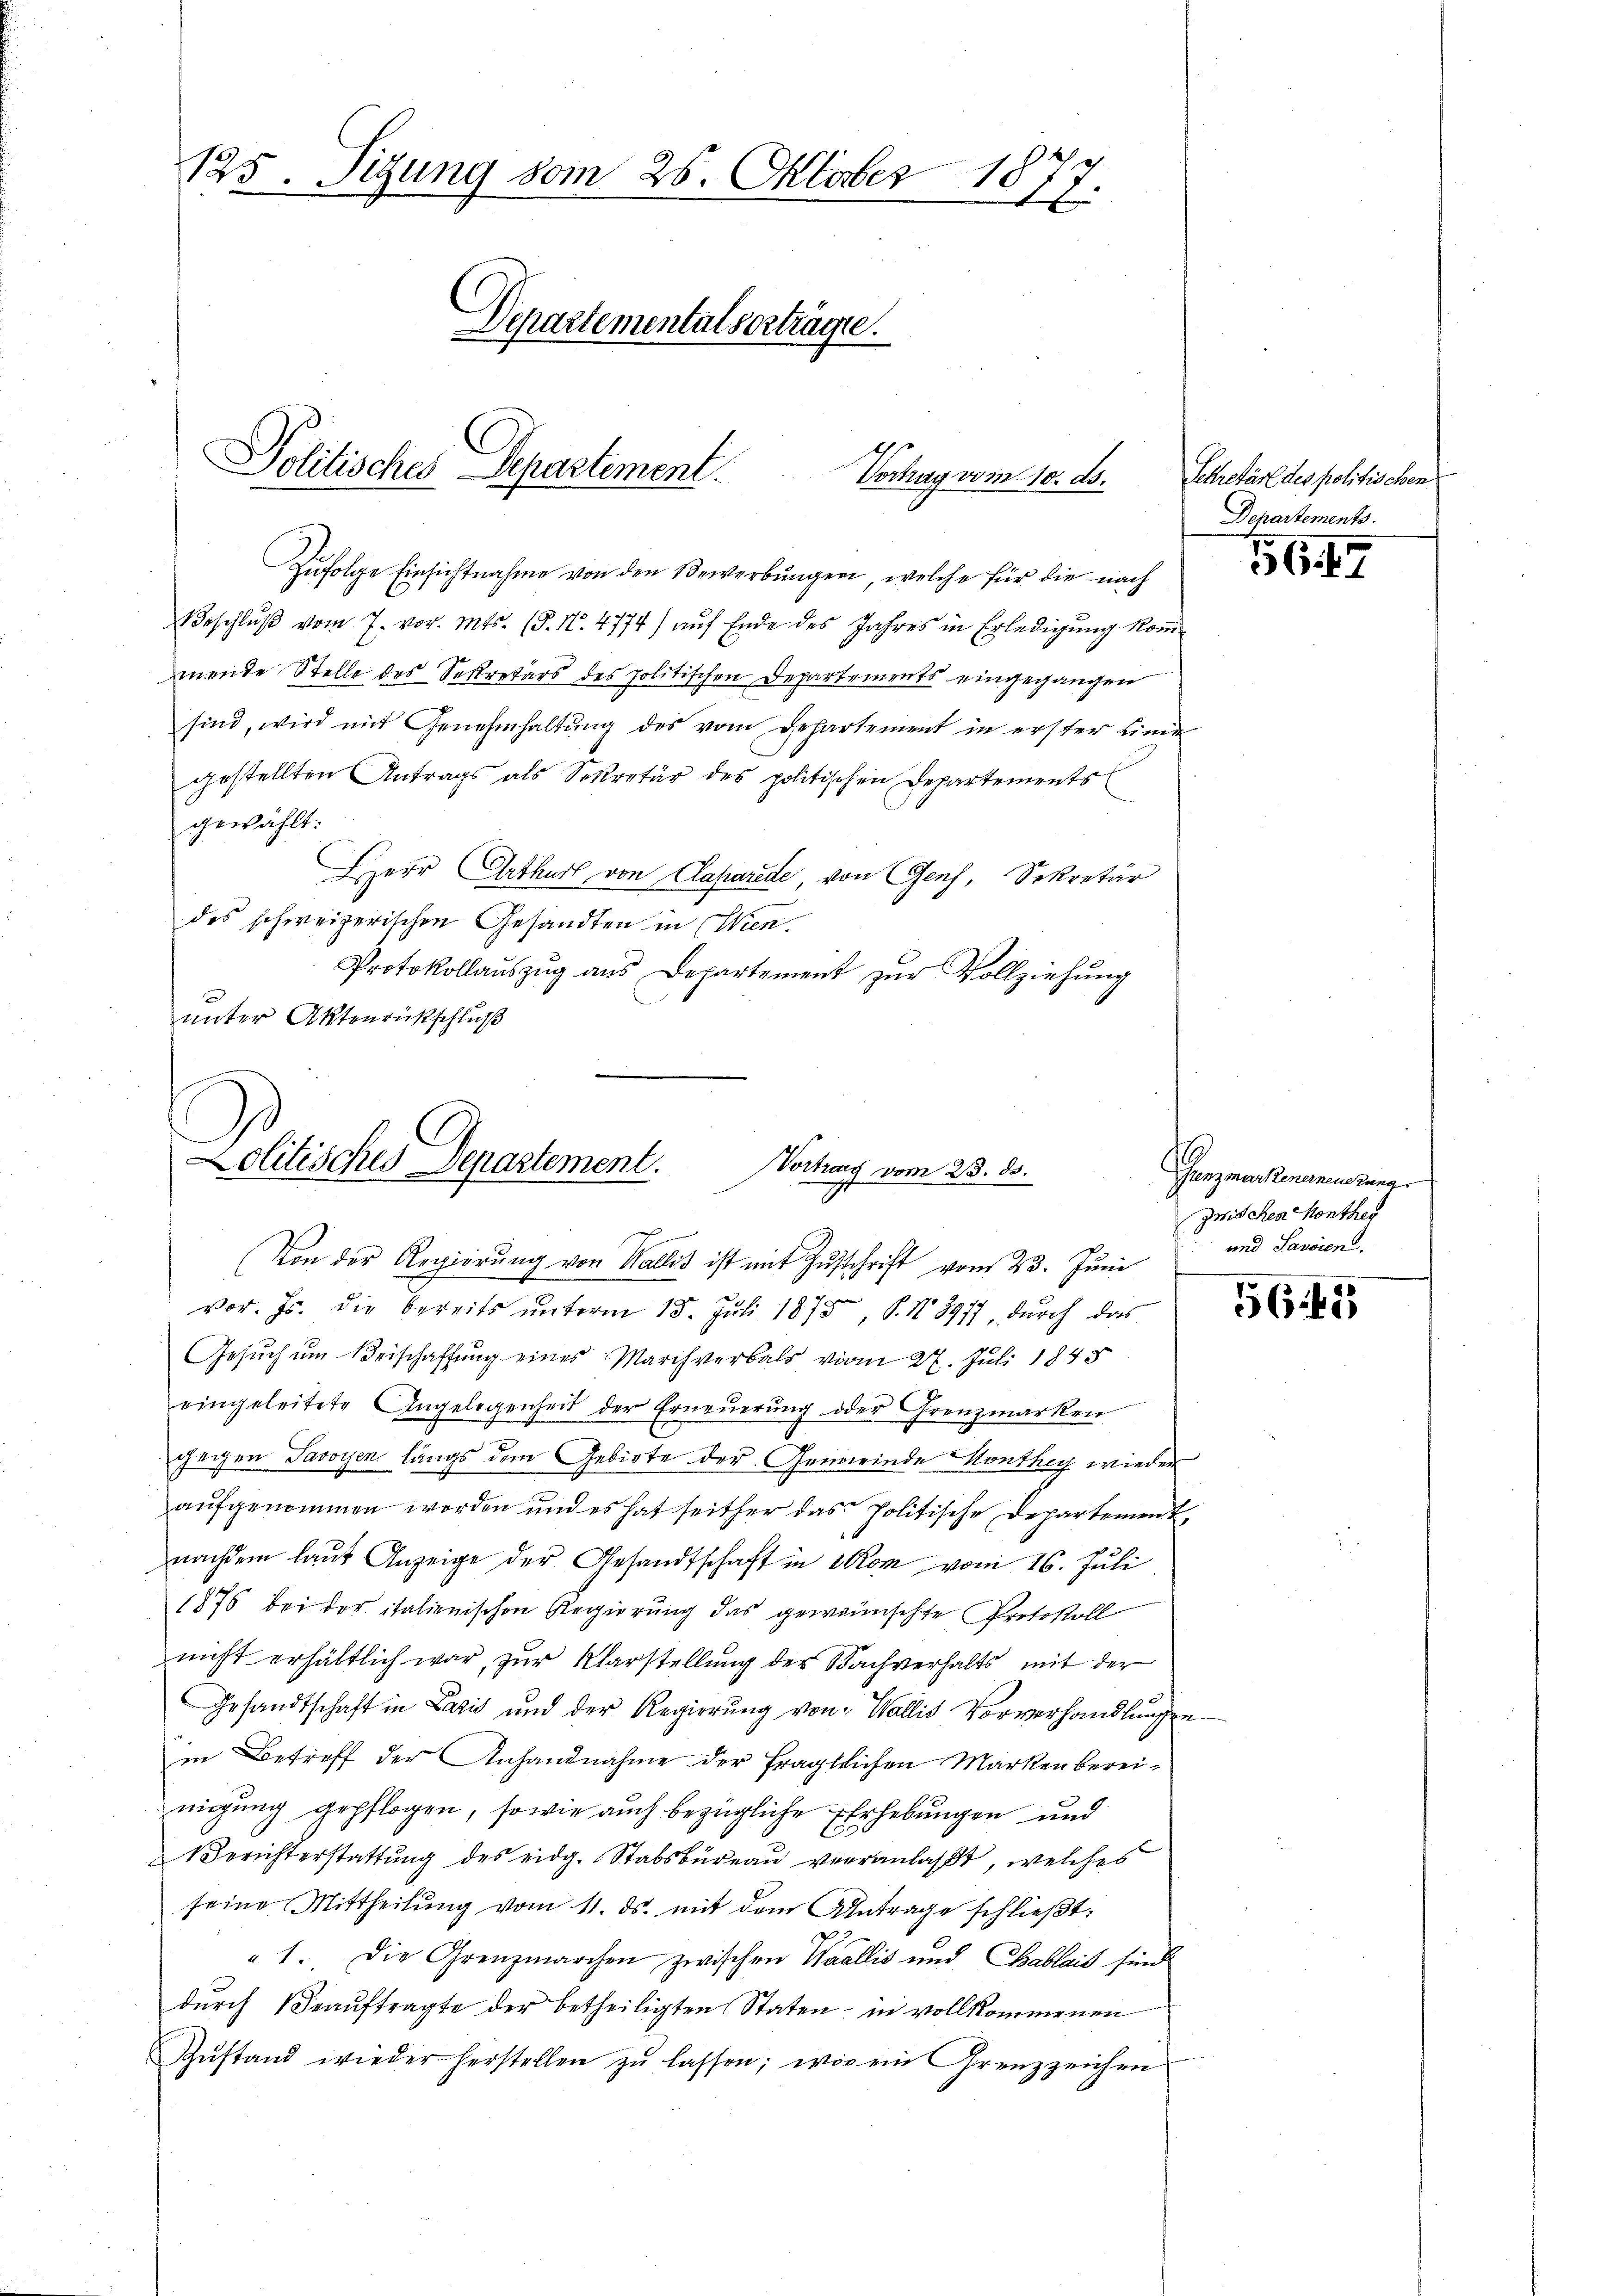
125. Sigung vom 26. Oktober 1877.
C
Departementalvertragte.
Politisches Separtement.
Vortrag vom 10. ds.

Zufolge Einsichtnahme von den Bewerbungen, welche für die nach
Beschlŭβ vom 7. vor. Mts. (§. N. 4774) aŭf Ende des Jahres in Erledigŭng koṁ-
mende Stelle des Sekretärs des politischen Departements eingegangen
sind, wird mit Genehmhaltung des vom Behartement in erster Linie
gestellten Antrags als Sekretär des politischen Departements
gewählt.
HHerr Arthur von Caparede von Genf, Sekretär
des schweizerischen Gesandten in Wien.
Protokollauszug aus Departement zur Vollziehung
unter Aktenrückschluß

Lolitisches Departement. Vortrag vom 23. ds.
Von der Regierŭng von Wallis ist mit Zŭschrift vom 23. Juni

vor. Js. die bereits unterm 15. Juli 1875 S. Nr. 8977 durch das
Gesuch um Beischaffung eines Marchverbals vom 27. Juli 1848
eingeleitete Angelegenheit der Erneŭerŭng oder Grenzmarken
gegen Savoyen längs dem Gebiete der Gemeinde Monthey wieder
aŭfgenommen worden und es hat seither das Politische Departement,
nachdem laut Anzeige der Gesandtschaft in Rom vom 16. Juli
1876 bei der italienischen Regierung das gewünschte Protokoll
nicht erhältlich war, zur Klarstellung der Sachverhalts mit der
Gesandtschaft in Lazić und der Regierung von Wallis Vorverhandlungen
in Betreff der Anhandnahme der fraglichen Marken bereimigung gepflogen, sowie auch bezügliche Erhebungen und
1erichterstattung des eidg. Stabsbureau veranlaßt, welches
seine Mittheilŭng vom 11. ds. mit dem Antrage schlieβt:
1. Die Grenzmarchen zwischen Waallis und Chablais sind
durch Beauftragte der betheiligten Staten; in vollkommenen
Zŭstand wieder herstellen zŭ lassen; wie ein Grenzzeichen

Sekretär des politischen
Departements.

156. 47

Gunzmarkenerneuerung
zwischen Monther
und Sausien.

5643